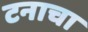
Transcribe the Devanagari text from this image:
टनाचा